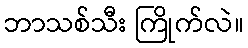
ဘာသစ်သီး ကြိုက်လဲ။